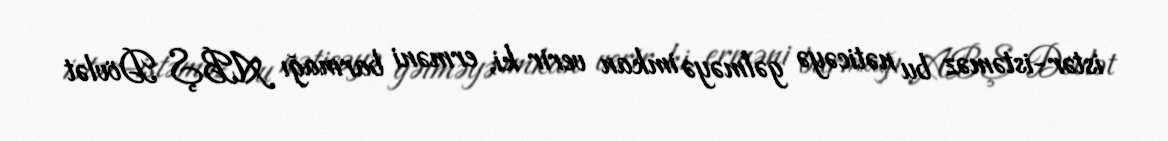
istər-istəməz bu nəticəyə gəlməyə imkan verir ki, erməni barmağı ABŞ Dövlət